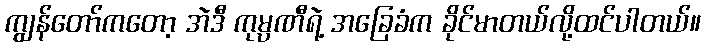
ကျွန်တော်ကတော့ အဲဒီ ကုမ္ပဏီရဲ့ အခြေခံက ခိုင်မာတယ်လို့ထင်ပါတယ်။